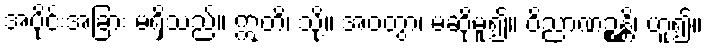
အပိုင်းအခြား မရှိသည်။ ဣတိ၊ သို့။ အဝတွာ၊ မဆိုမူ၍။ ဝိညာဏဉ္စန္တိ၊ ဟူ၍။